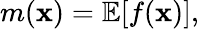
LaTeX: m(\mathbf{x})=\mathbb{E}[f(\mathbf{x})],